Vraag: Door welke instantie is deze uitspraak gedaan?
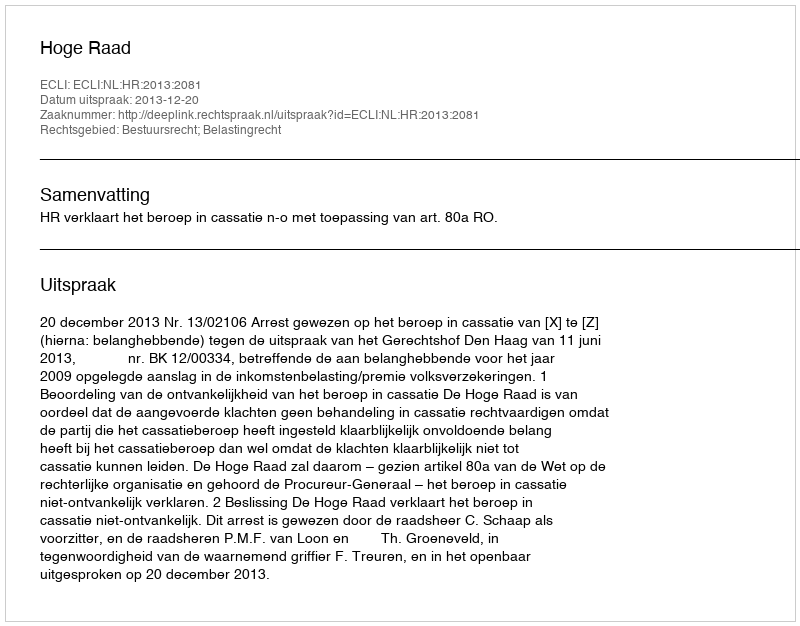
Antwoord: Hoge Raad